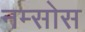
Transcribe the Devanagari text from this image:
नम्सोस